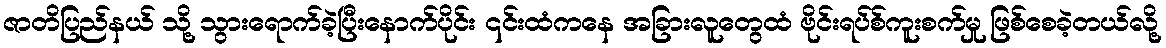
ဇာတိပြည်နယ် သို့ သွားရောက်ခဲ့ပြီးနောက်ပိုင်း ၎င်းထံကနေ အခြားလူတွေထံ ဗိုင်းရပ်စ်ကူးစက်မှု ဖြစ်စေခဲ့တယ်လို့